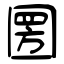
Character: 圐